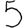
Digit: 5